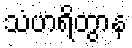
သံဟရိတွာန